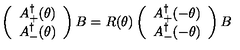
\left( \begin{array} { c } { A _ { + } ^ { \dagger } ( \theta ) } \\ { A _ { - } ^ { \dagger } ( \theta ) } \\ \end{array} \right) B = R ( \theta ) \left( \begin{array} { c } { A _ { + } ^ { \dagger } ( - \theta ) } \\ { A _ { - } ^ { \dagger } ( - \theta ) } \\ \end{array} \right) B